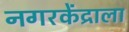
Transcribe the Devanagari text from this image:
नगरकेंद्राला